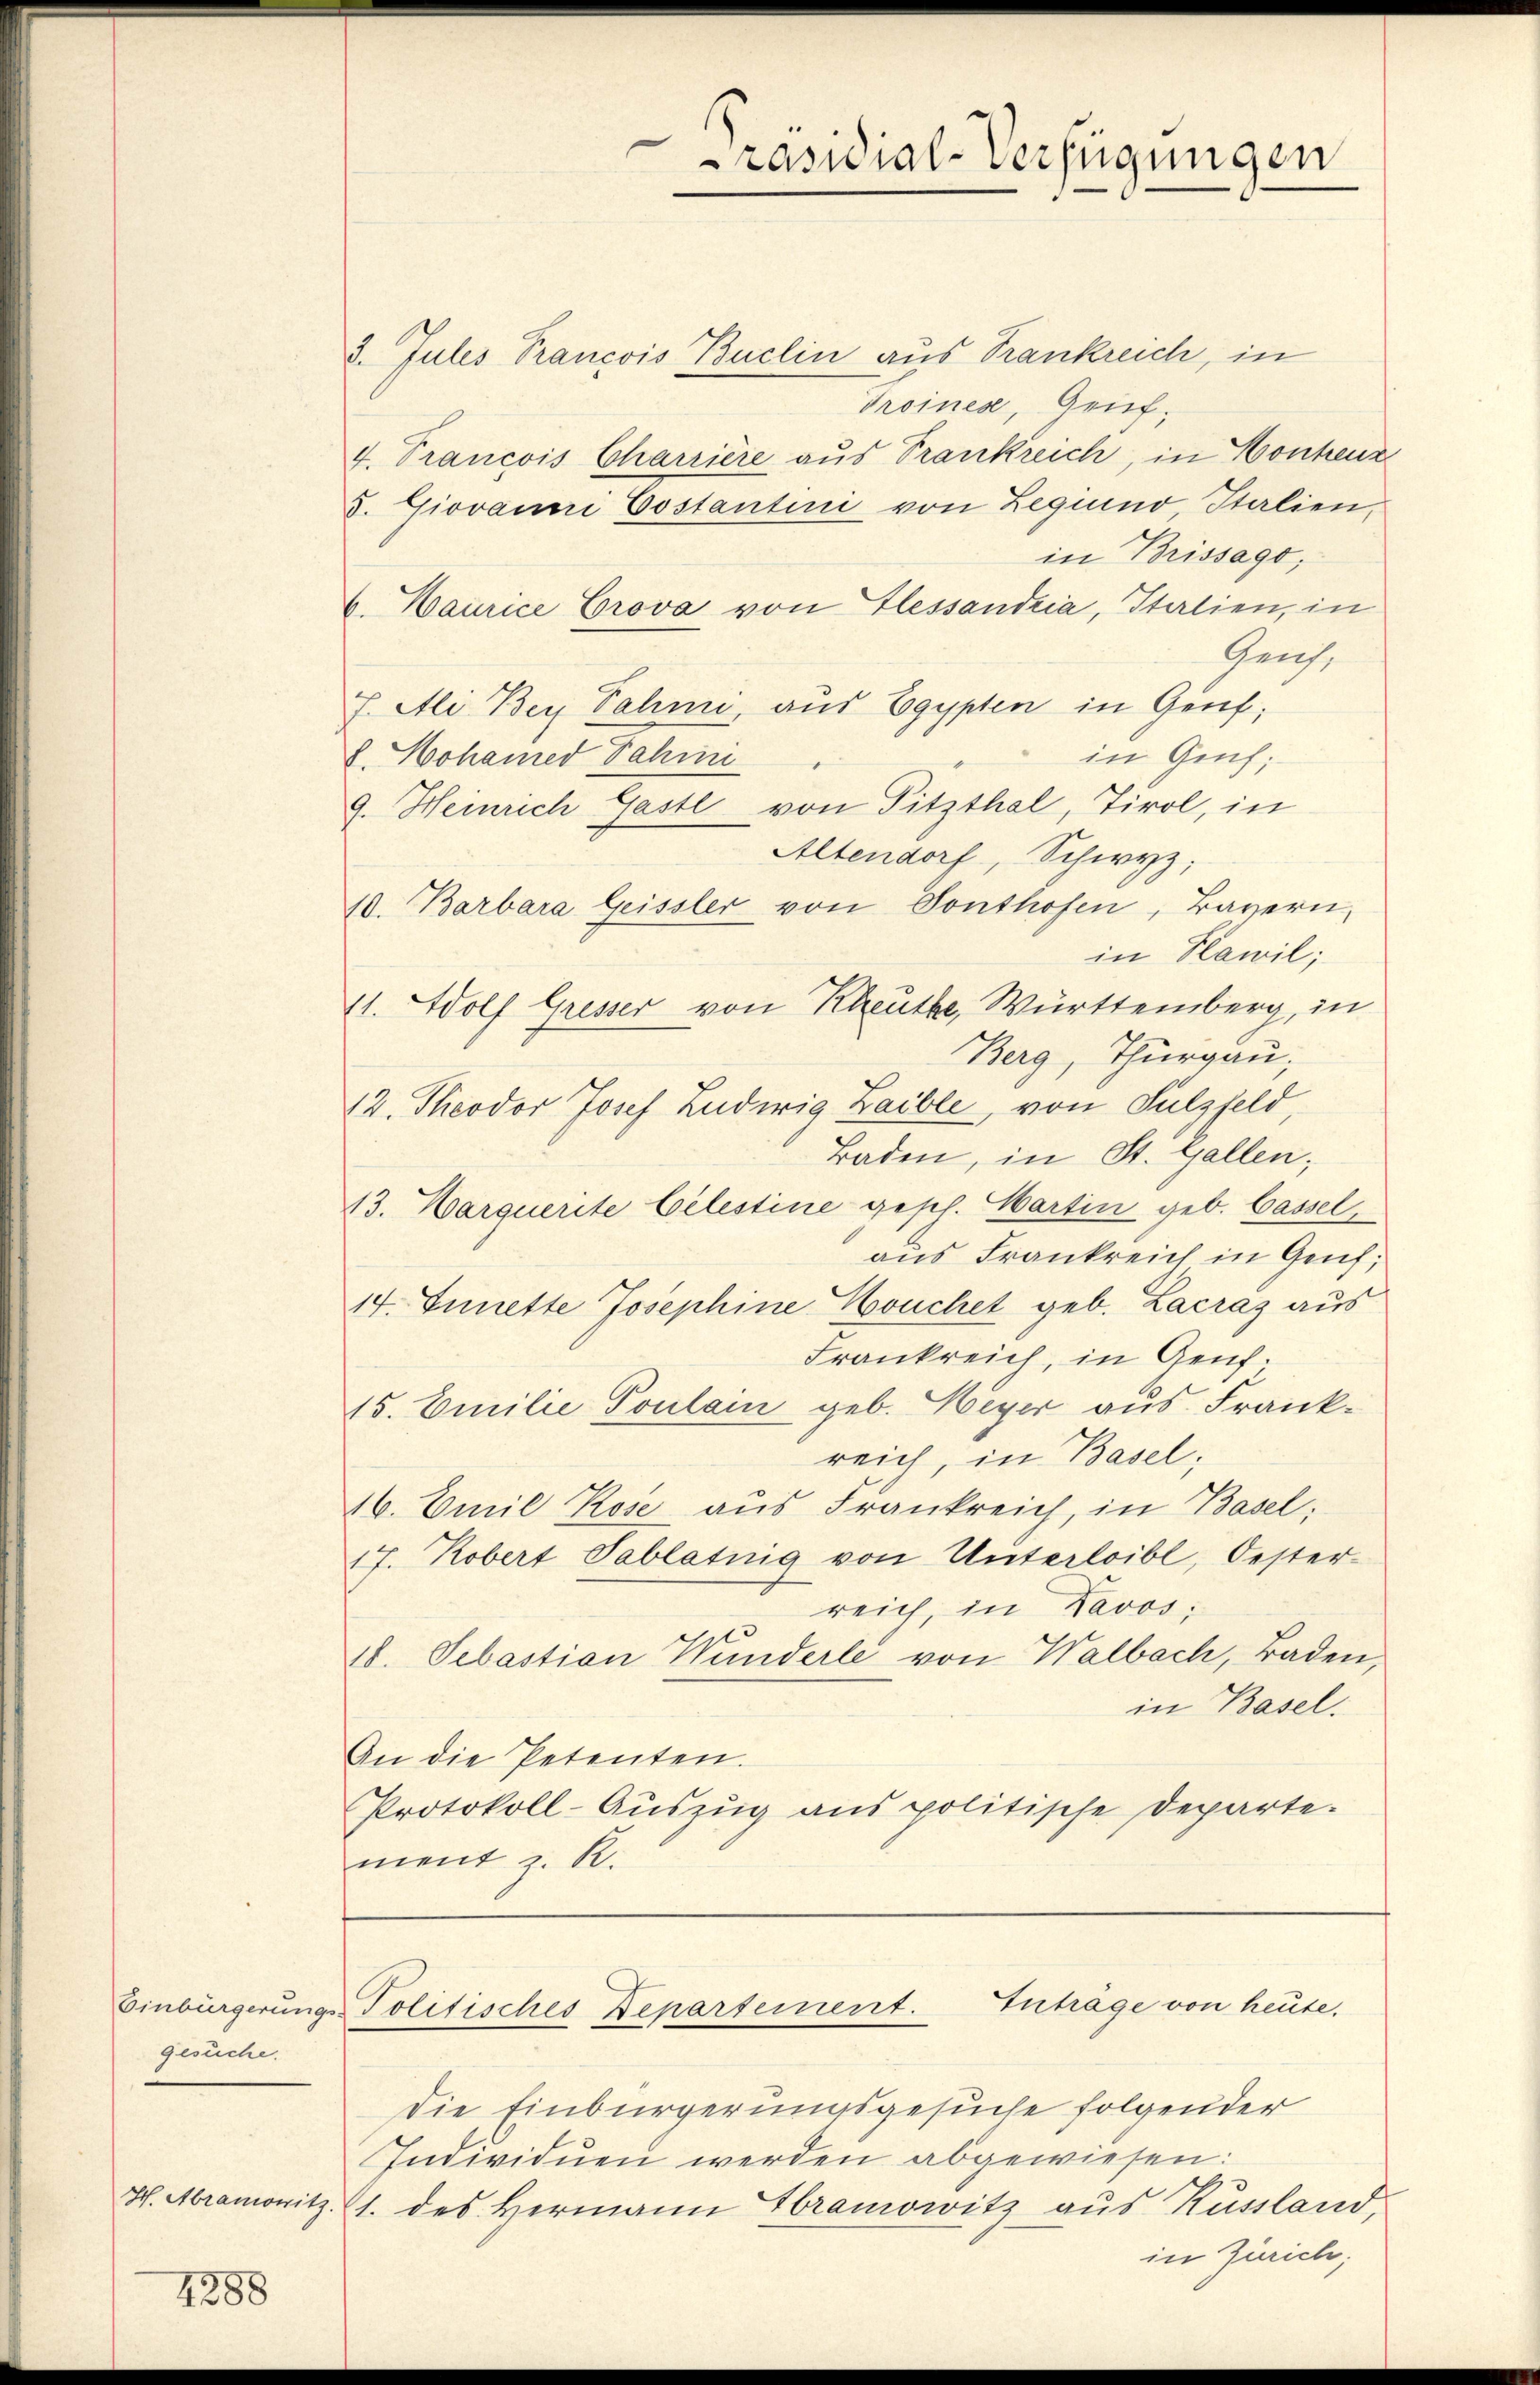
gesuche.

4388

räsidial-Verfügungen

2. Julis Trancois Buclin aus Trankreich, in
Troinea, Gruf,
4. Trancois Charrière aus Trankreich, in Honheur
S. Giovanni Costantini von Legiuno Italien,
in Brissago;
6. Maurice Crova von Glessandria, Italien, in
Gensf. Ali Bey Pahmi, aus Egypten in Genf;
in Genf;
S. Hohamed Fahrni
9. Heinrich Gastl von Pitzthal, Tirol, in
Altendorf, Schwyz;
10. Barbara Geissler von Sonthofen, Bayern,
in Klawil;
11. Wolf Gresser von Kreuthe, Württemberg, in
Berg, Thurgau,
12. Theodor Josef Ludwig Zaible, von Sulzfeld
Baden, in St. Gallen,
13. Marquerite Celestine gesch. Martin geb. Cassel,
aus Frankreich in Genf,
14. Junette Josephine Houchet geb. Lacraz aus
Frankreich, in Genf.
15. Emilie Toulain geb. Meyer aus Frankreich, in Basel;
16. Emil Kose aus Frankreich, in Basel;
17. Robert Tablatnig von Unterleibl, Oester-
reich, in Davos:
18. Sebastian Wunderle von Walbach, Baden,
in Basel.
An die Petenten.
Protokoll-Aŭszŭg ans politische Departe.
ment z. R.

die Einbürgerungsgesuche folgender
Individuen werden abgewiesen:
H. Abramonitz (1. des Hermann Gramowitz aus Kussland,
in Zürich;

Inträge von heute.
Einbürgerungs-Politisches Departement.